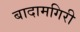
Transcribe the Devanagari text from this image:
बादामगिरी